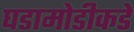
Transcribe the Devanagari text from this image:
घडामोडीकडे